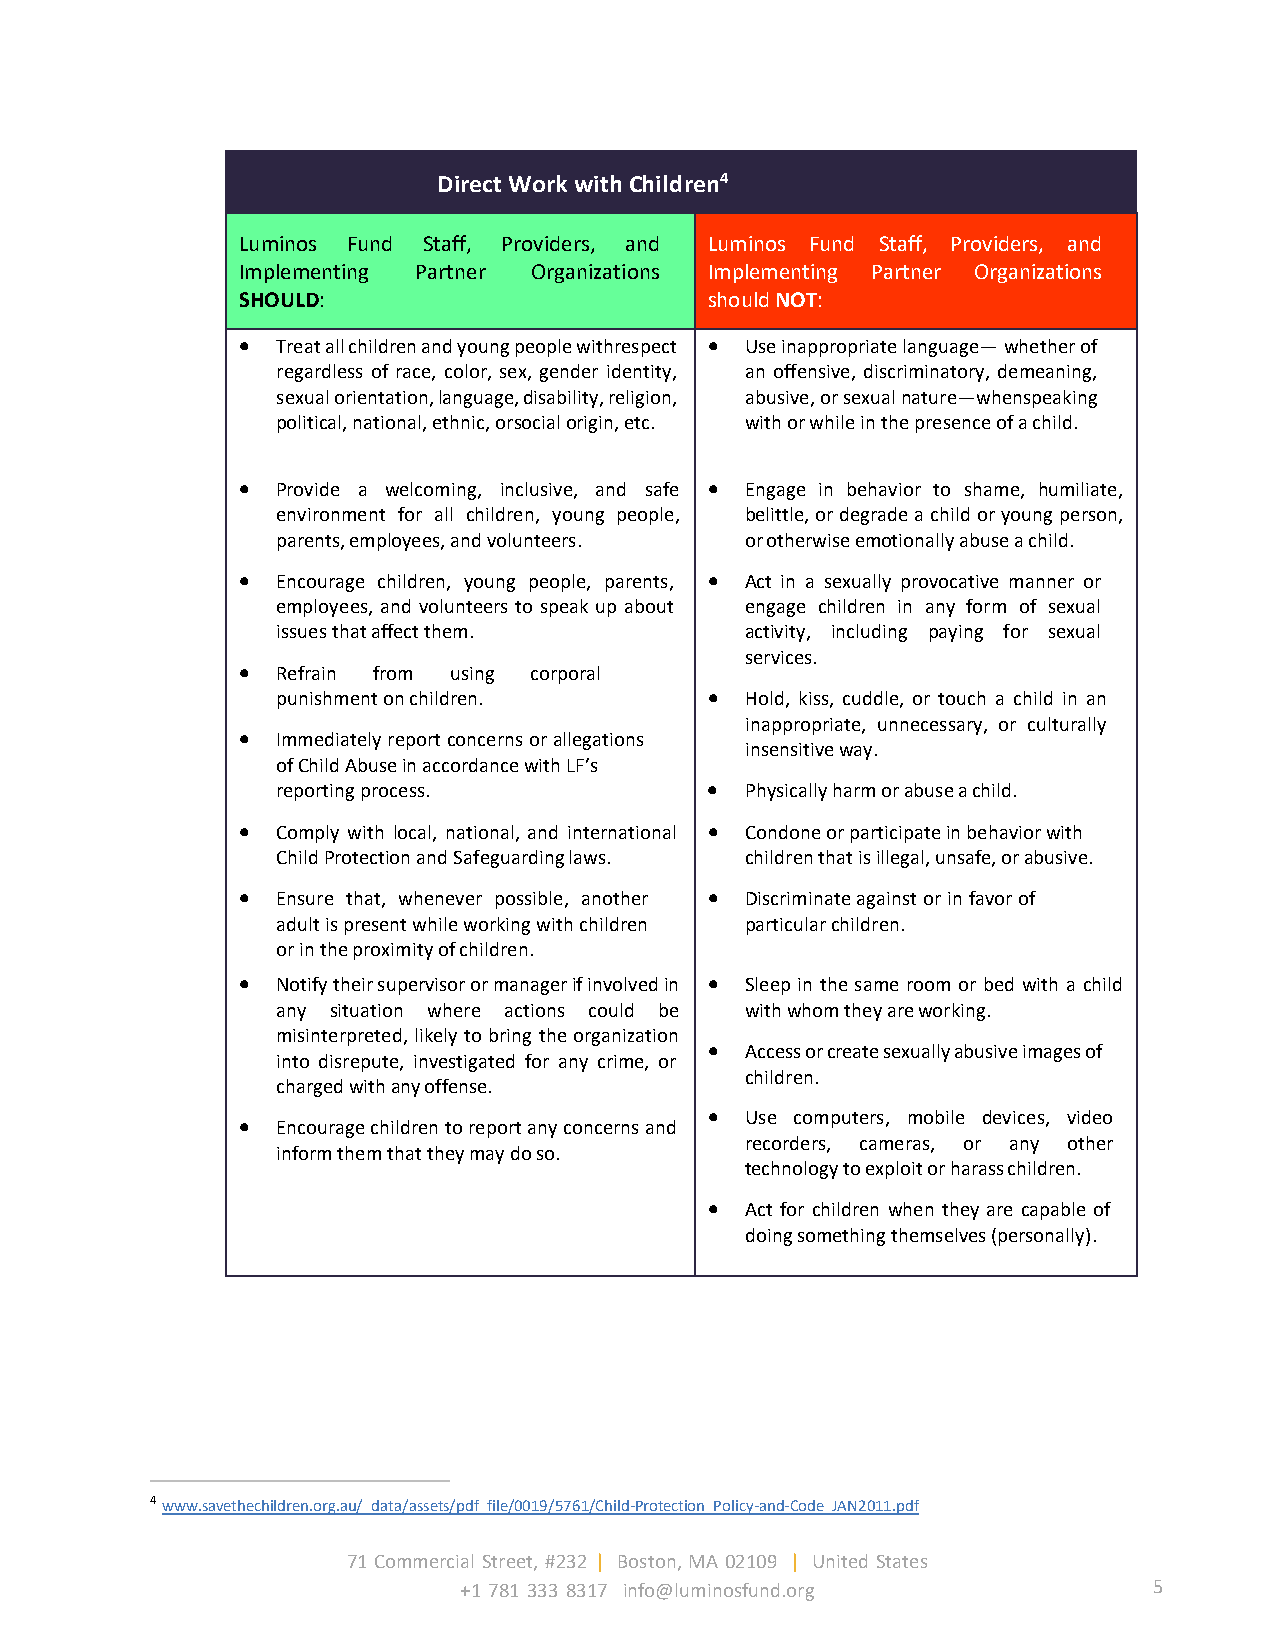
Direct Work with Children4
 Luminos Fund Staff, Providers, and Luminos Fund Staff, Providers, and
 Implementing Partner Organizations Implementing Partner Organizations
 SHOULD:                        should NOT:
 • Treat all children and young people with respect • Use inappropriate language— whether of
 regardless of race, color, sex, gender identity, an offensive, discriminatory, demeaning,
 sexual orientation, language, disability, religion, abusive, or sexual nature—when speaking
 political, national, ethnic, or social origin, etc. with or while in the presence of a child.
 • Provide a welcoming, inclusive, and safe • Engage in behavior to shame, humiliate,
 environment for all children, young people, belittle, or degrade a child or young person,
 parents, employees, and volunteers. or otherwise emotionally abuse a child.
 • Encourage children, young people, parents, • Act in a sexually provocative manner or
 employees, and volunteers to speak up about engage children in any form of sexual
 issues that affect them.       activity, including paying for sexual
 services.
 • Refrain from using corporal
 punishment on children.      • Hold, kiss, cuddle, or touch a child in an
 inappropriate, unnecessary, or culturally
 • Immediately report concerns or allegations
 insensitive way.
 of Child Abuse in accordance with LF’s
 reporting process.           • Physically harm or abuse a child.
 • Comply with local, national, and international • Condone or participate in behavior with
 Child Protection and Safeguarding laws. children that is illegal, unsafe, or abusive.
 • Ensure that, whenever possible, another • Discriminate against or in favor of
 adult is present while working with children particular children.
 or in the proximity of children.
 • Notify their supervisor or manager if involved in • Sleep in the same room or bed with a child
 any situation where actions could be with whom they are working.
 misinterpreted, likely to bring the organization
 • Access or create sexually abusive images of
 into disrepute, investigated for any crime, or
 children.
 charged with any offense.
 • Use computers, mobile devices, video
 • Encourage children to report any concerns and
 recorders, cameras, or any other
 inform them that they may do so.
 technology to exploit or harass children.
 • Act for children when they are capable of
 doing something themselves (personally).
 4 www.savethechildren.org.au/_data/assets/pdf_file/0019/5761/Child-Protection_Policy-and-Code_JAN2011.pdf
 71 Commercial Street, #232 | Boston, MA 02109 | United States
 +1 781 333 8317 info@luminosfund.org          5